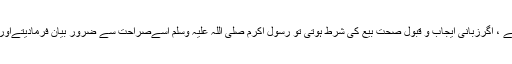
 زمانہ قدیم سے لوگوں کے مابین اس طرح سے معاملات کا لین دین معروف ہے ، اگرزبانی ایجاب و قبول صحتِ بیع کی شرط ہوتی تو رسولِ اکرم صلی اللہ علیہ وسلم اسےصراحت سے ضرور بیان فرمادیتےاور آپ صلی اللہ علیہ وسلم نے ایسا نہیں فرمایاجو اس کے جواز کی دلیل ہے ۔